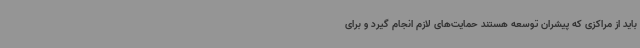
باید از مراکزی که پیشران توسعه هستند حمایت‌های لازم انجام گیرد و برای